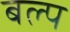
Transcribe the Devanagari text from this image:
बल्प